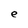
Character: e